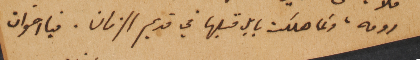
رومه، وكما هلكت بابل قبلها في قديم الزمان. فيا اخوان